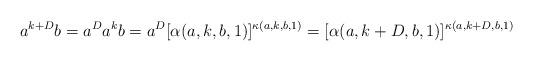
LaTeX: \begin{align*}a^{k+D}b=a^Da^kb=a^D[\alpha(a,k,b,1)]^{\kappa(a,k,b,1)}=[\alpha(a,k+D,b,1)]^{\kappa(a,k+D,b,1)}\end{align*}